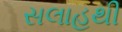
સલાહથી